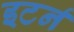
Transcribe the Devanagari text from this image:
इटर्न